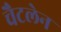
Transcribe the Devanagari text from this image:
चैटलेन